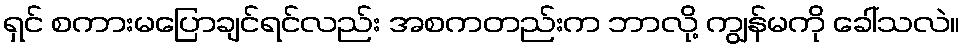
ရှင် စကားမပြောချင်ရင်လည်း အစကတည်းက ဘာလို့ ကျွန်မကို ခေါ်သလဲ။